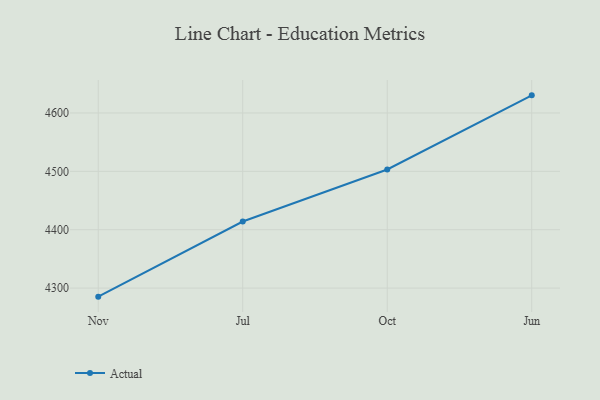
{"axis": {"x": "Month", "y": "Website Visitors"}, "legend": ["Actual"], "data": [{"x": "Nov", "y": 4285.3, "type": "Actual"}, {"x": "Jul", "y": 4414.0, "type": "Actual"}, {"x": "Oct", "y": 4503.2, "type": "Actual"}, {"x": "Jun", "y": 4630.2, "type": "Actual"}]}